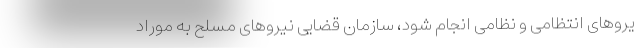
یروهای انتظامی و نظامی انجام شود، سازمان قضایی نیروهای مسلح به موراد